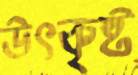
উৎকৃষ্ট